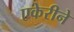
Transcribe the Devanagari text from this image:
एकेरीने